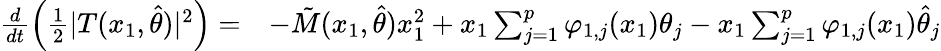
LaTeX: \begin{array}{rl}{\frac{d}{dt}\left(\frac{1}{2}\vert T(x_{1},\hat{\theta})\vert^{2}\right)=}&{-\tilde{M}(x_{1},\hat{\theta})x_{1}^{2}+x_{1}\sum_{j=1}^{p}\varphi_{1,j}(x_{1})\theta_{j}-x_{1}\sum_{j=1}^{p}\varphi_{1,j}(x_{1})\hat{\theta}_{j}}\end{array}